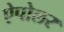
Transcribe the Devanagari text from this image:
ऐपोलर